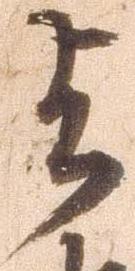
与